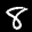
Label: 8